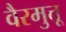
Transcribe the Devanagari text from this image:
वैरमुत्तू